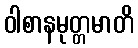
ဝါစာနမုတ္တမာတိ